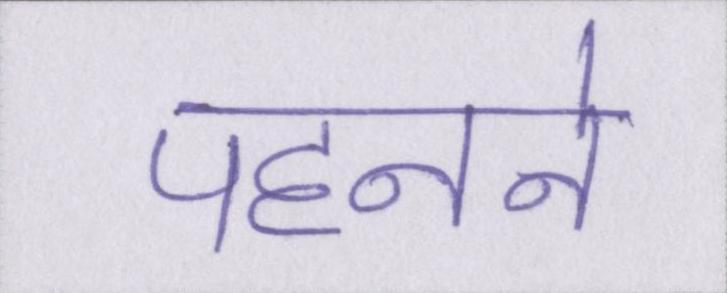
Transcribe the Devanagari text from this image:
पहनने